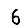
Digit: 6